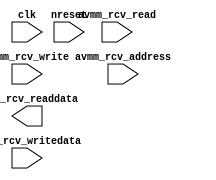

module dual_config (
	avmm_rcv_address,
	avmm_rcv_read,
	avmm_rcv_writedata,
	avmm_rcv_write,
	avmm_rcv_readdata,
	clk,
	nreset);	

	input	[2:0]	avmm_rcv_address;
	input		avmm_rcv_read;
	input	[31:0]	avmm_rcv_writedata;
	input		avmm_rcv_write;
	output	[31:0]	avmm_rcv_readdata;
	input		clk;
	input		nreset;
endmodule